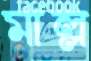
মাল্ল